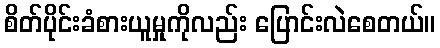
စိတ်ပိုင်းခံစားယူမှုကိုလည်း ပြောင်းလဲစေတယ်။